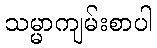
သမ္မာကျမ်းစာပါ